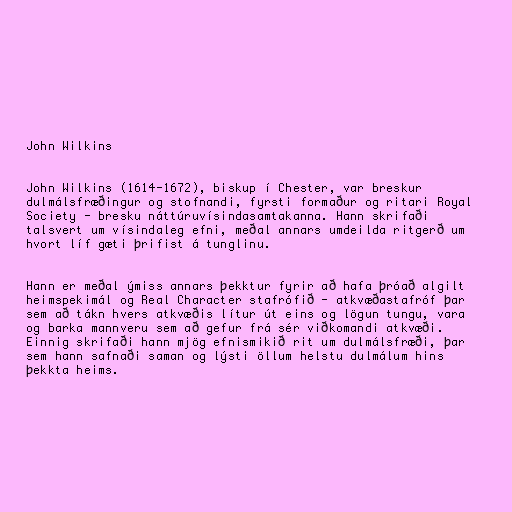
John Wilkins

John Wilkins (1614-1672), biskup í Chester, var breskur
dulmálsfræðingur og stofnandi, fyrsti formaður og ritari Royal
Society - bresku náttúruvísindasamtakanna. Hann skrifaði
talsvert um vísindaleg efni, meðal annars umdeilda ritgerð um
hvort líf gæti þrifist á tunglinu.

Hann er meðal ýmiss annars þekktur fyrir að hafa þróað algilt
heimspekimál og Real Character stafrófið - atkvæðastafróf þar
sem að tákn hvers atkvæðis lítur út eins og lögun tungu, vara
og barka mannveru sem að gefur frá sér viðkomandi atkvæði.
Einnig skrifaði hann mjög efnismikið rit um dulmálsfræði, þar
sem hann safnaði saman og lýsti öllum helstu dulmálum hins
þekkta heims.